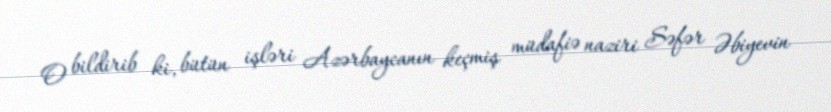
O bildirib ki, bütün işləri Azərbaycanın keçmiş müdafiə naziri Səfər Əbiyevin